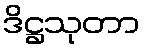
ဒိဋ္ဌသုတာ